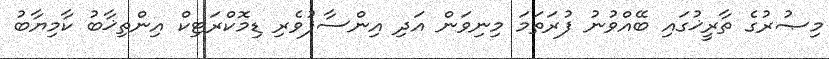
މިޞުރުގެ ތާރީޚުގައި ބޭއްވުނު ފުރަތަމަ މިނިވަން އަދި އިންސާފުވެރި ޑިމޮކްރަޓިކް އިންތިޚާބު ކާމިޔާބު